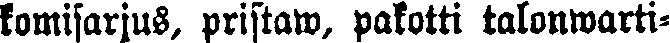
komisarjus, pristaw, pakotti talonwarti-